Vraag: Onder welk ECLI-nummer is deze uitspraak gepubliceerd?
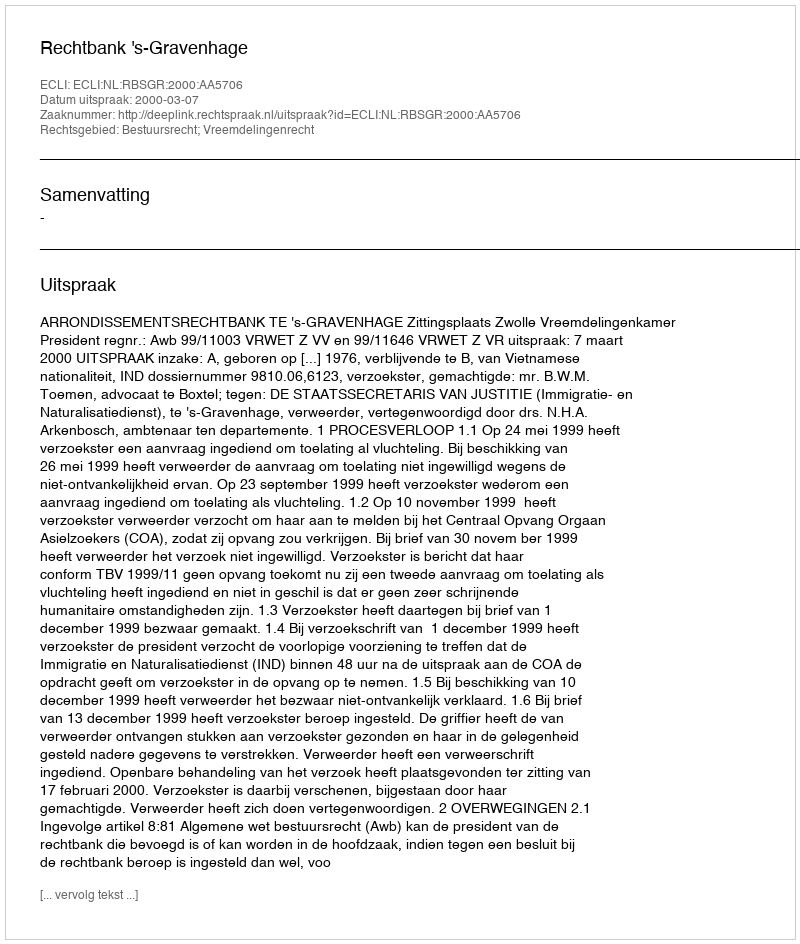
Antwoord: ECLI:NL:RBSGR:2000:AA5706